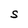
Character: S